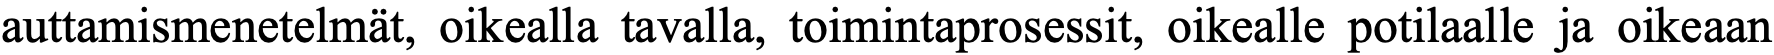
auttamismenetelmät, oikealla tavalla, toimintaprosessit, oikealle potilaalle ja oikeaan